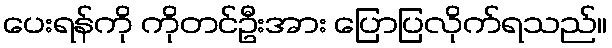
ပေးရန်ကို ကိုတင်ဦးအား ပြောပြလိုက်ရသည်။